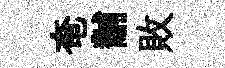
奄黼敗